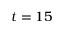
t = 1 5